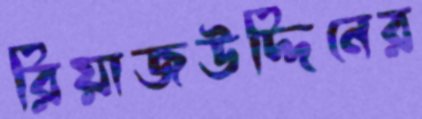
রিয়াজউদ্দিনের